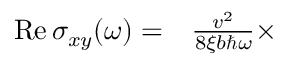
\begin{array} { r l } { \mathrm { R e } \, \sigma _ { x y } ( \omega ) = } & { { } \frac { v ^ { 2 } } { 8 \xi b \hbar \omega } \times } \end{array}